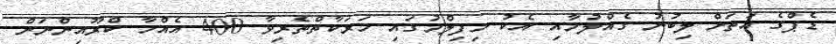
ޑެޕްގެ އަތަށް ލިބުނު ގެއްލުމާއި އެކު މިފިލްމުގައި ހަރަކާތްތެރިވާ 400 އެއްހާ ކްރޫއިންނަށް